Annual administration report of the Bombay Presidency - 1887-1892
Year: 1887
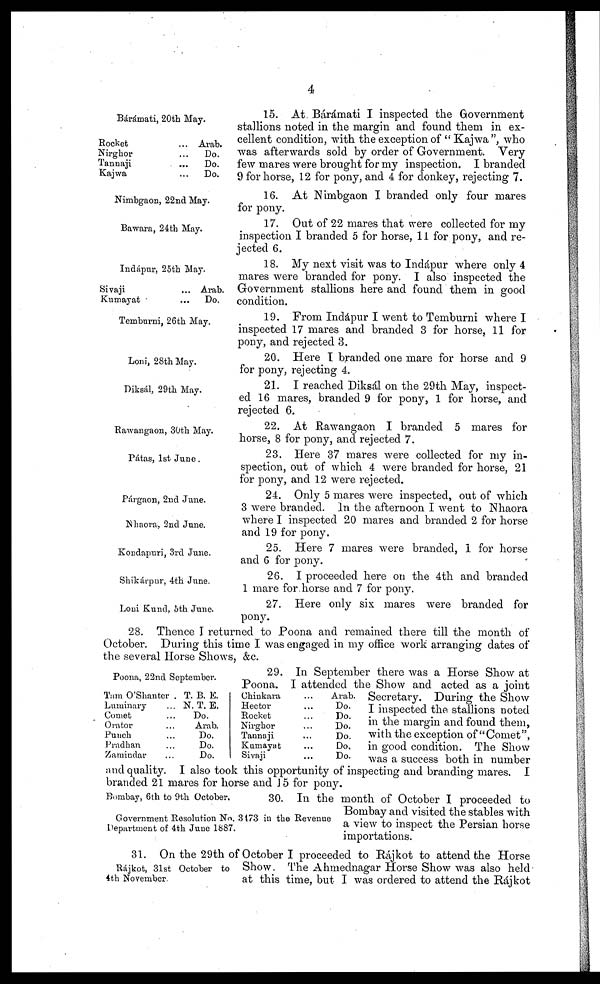
4
Bárámati, 20th May.
15. At Bárámati I inspected the Government
stallions noted in the margin and found them in ex-
cellent condition, with the exception of " Kajwa ", who
was afterwards sold by order of Government. Very
few mares were brought for my inspection. I branded
9 for horse, 12 for pony, and 4 for donkey, rejecting 7.
Rocket...
Nirghor...
Tannaji...
Kajwa...
Arab.
Do.
Do.
Do.
Nimbgaon, 22nd May.
16. At Nimbgaon 1 branded only four mares
for pony.
Bawara, 24th May.
17. Out of 22 mares that were collected for my
inspection I branded 5 for horse, 11 for pony, and re-
jected 6.
Indápur, 25th May.
18. My next visit was to Indápur where only 4
mares were branded for pony. I also inspected the
Government stallions here and found them in good
condition.
Sivaji...
Kumayat...
Arab.
Do.
Temburni, 26th May.
19. From Indápur I went to Temburni where I
inspected 17 mares and branded 3 for horse, 11 for
pony, and rejected 3.
Loni, 28th May.
20. Here I branded one mare for horse and 9
for pony, rejecting 4.
Diksál , 29th May.
21. I reached Diksál on the 29th May, inspect-
ed 16 mares, branded 9 for pony, 1 for horse, and
rejected 6.
Rawangaon, 30th May.
22. At Rawangaon I branded 5 mares for
horse, 8 for pony, and rejected 7.
Pátas, 1st June.
23. Here 37 mares were collected for my in-
spection, out of which 4 were branded for horse, 21
for pony, and 12 were rejected.
Párgaon, 2nd June.
Nhaora, 2nd June.
24. Only 5 mares were inspected, out of which
3 were branded. In the afternoon I went to Nhaora
where I inspected 20 mares and branded 2 for horse
and 19 for pony.
Kondapuri, 3rd June.
25. Here 7 mares were branded, 1 for horse
and 6 for pony.
Shikárpur, 4th June.
26. I proceeded here on the 4th and branded
1 mare for horse and 7 for pony.
Loni Kund , 5th June.
27. Here only six mares were branded for
pony.
28. Thence I returned to Poona and remained there till the month of
October. During this time I was engaged in my office work arranging dates of
the several Horse Shows, &c.
Poona, 22nd September.
29. In September there was a Horse Show at
Poona. I attended the Show and acted as a joint
Secretary. During the Show
I inspected the stallions noted
in the margin and found them,
with the exception of "Comet",
in good condition. The Show
was a success both in number
and quality. I also took this opportunity of inspecting and branding mares. I
branded 21 mares for horse and 15 for pony.
Tam O'Shanter .
Luminary...
Comet...
Orator...
Punch...
Pradhan...
Zamindar...
T. B. E.
N. T. E.
Do.
Arab.
Do.
Do.
Do.
Chinkara...
Hector...
Rocket...
Nirghor...
Tannaji...
Kumayat...
Sivaji...
Arab
Do.
Do.
Do.
Do.
Do.
Do.
Bombay, 6th to 9th October.
Government Resolution No. 3173 in the Revenue
Department of 4th June 1887.
30. In the month of October I proceeded to
Bombay and visited the stables with
a view to inspect the Persian horse
importations.
Rájkot, 31st October to
4th November.
31. On the 29th of October I proceeded to Rájkot to attend the Horse
Show. The Ahmednagar Horse Show was also held
at this time, but I was ordered to attend the Rájkot